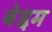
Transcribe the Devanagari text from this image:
बेद्दम